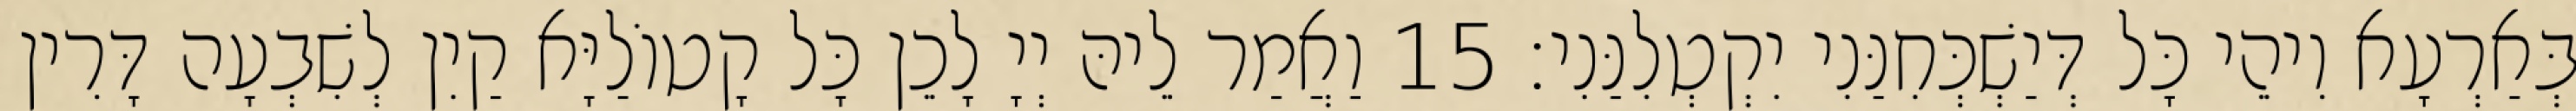
בְּאַרְעָא וִיהֵי כָּל דְּיַשְׁכְּחִנַּנִי יִקְטְלִנַּנִי׃ 15 וַאֲמַר לֵיהּ יְיָ לָכֵן כָּל קָטוֹלַיָּא קַיִן לְשִׁבְעָה דָּרִין